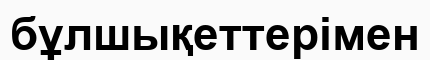
бұлшықеттерімен